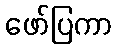
ဖော်ပြကာ